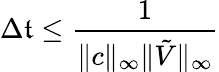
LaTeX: \Delta\mathfrak{t}\leq\frac{{1}}{{\| c\| _{\infty}\| \tilde{{V}}\| _{\infty}}}